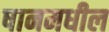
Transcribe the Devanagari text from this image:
षानमधील